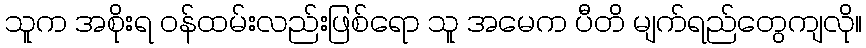
သူက အစိုးရ ဝန်ထမ်းလည်းဖြစ်ရော သူ အမေက ပီတိ မျက်ရည်တွေကျလို။